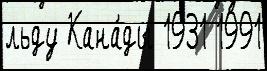
льду Кана́ды 1931 1991